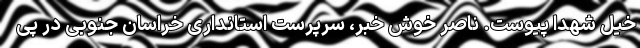
خیل شهدا پیوست. ناصر خوش خبر، سرپرست استانداری خراسان جنوبی در پی